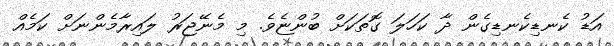
އަޑު ކެނޑިކެނޑިގެން ދާ ކަހަލަ ގޮތަކަށް ބުންޏެވެ. މި މެނޭޖަރު ލައިރާމެންނަށް ކަމެއް